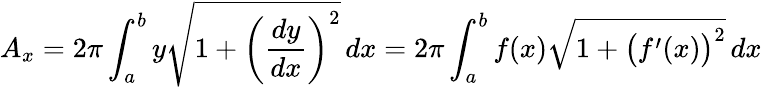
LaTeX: A_{x}=2\pi\int_{a}^{b}y{\sqrt{1+\left({\frac{dy}{dx}}\right)^{2}}}\, dx=2\pi\int_{a}^{b}f(x){\sqrt{1+{\big(}f^{\prime}(x){\big)}^{2}}}\, dx